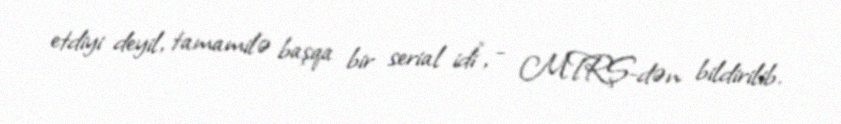
etdiyi deyil, tamamilə başqa bir serial idi", - MTRŞ-dən bildirilib.